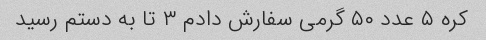
کره ۵ عدد ۵۰ گرمی سفارش دادم ۳ تا به دستم رسید